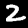
Digit: 2